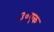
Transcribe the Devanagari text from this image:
३०एक